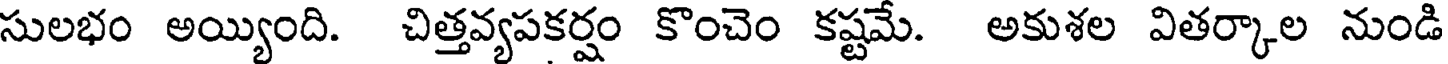
సులభం అయ్యింది. చిత్తవ్యపకర్షం కొంచెం కష్టమే. అకుశల వితర్కాల నుండి